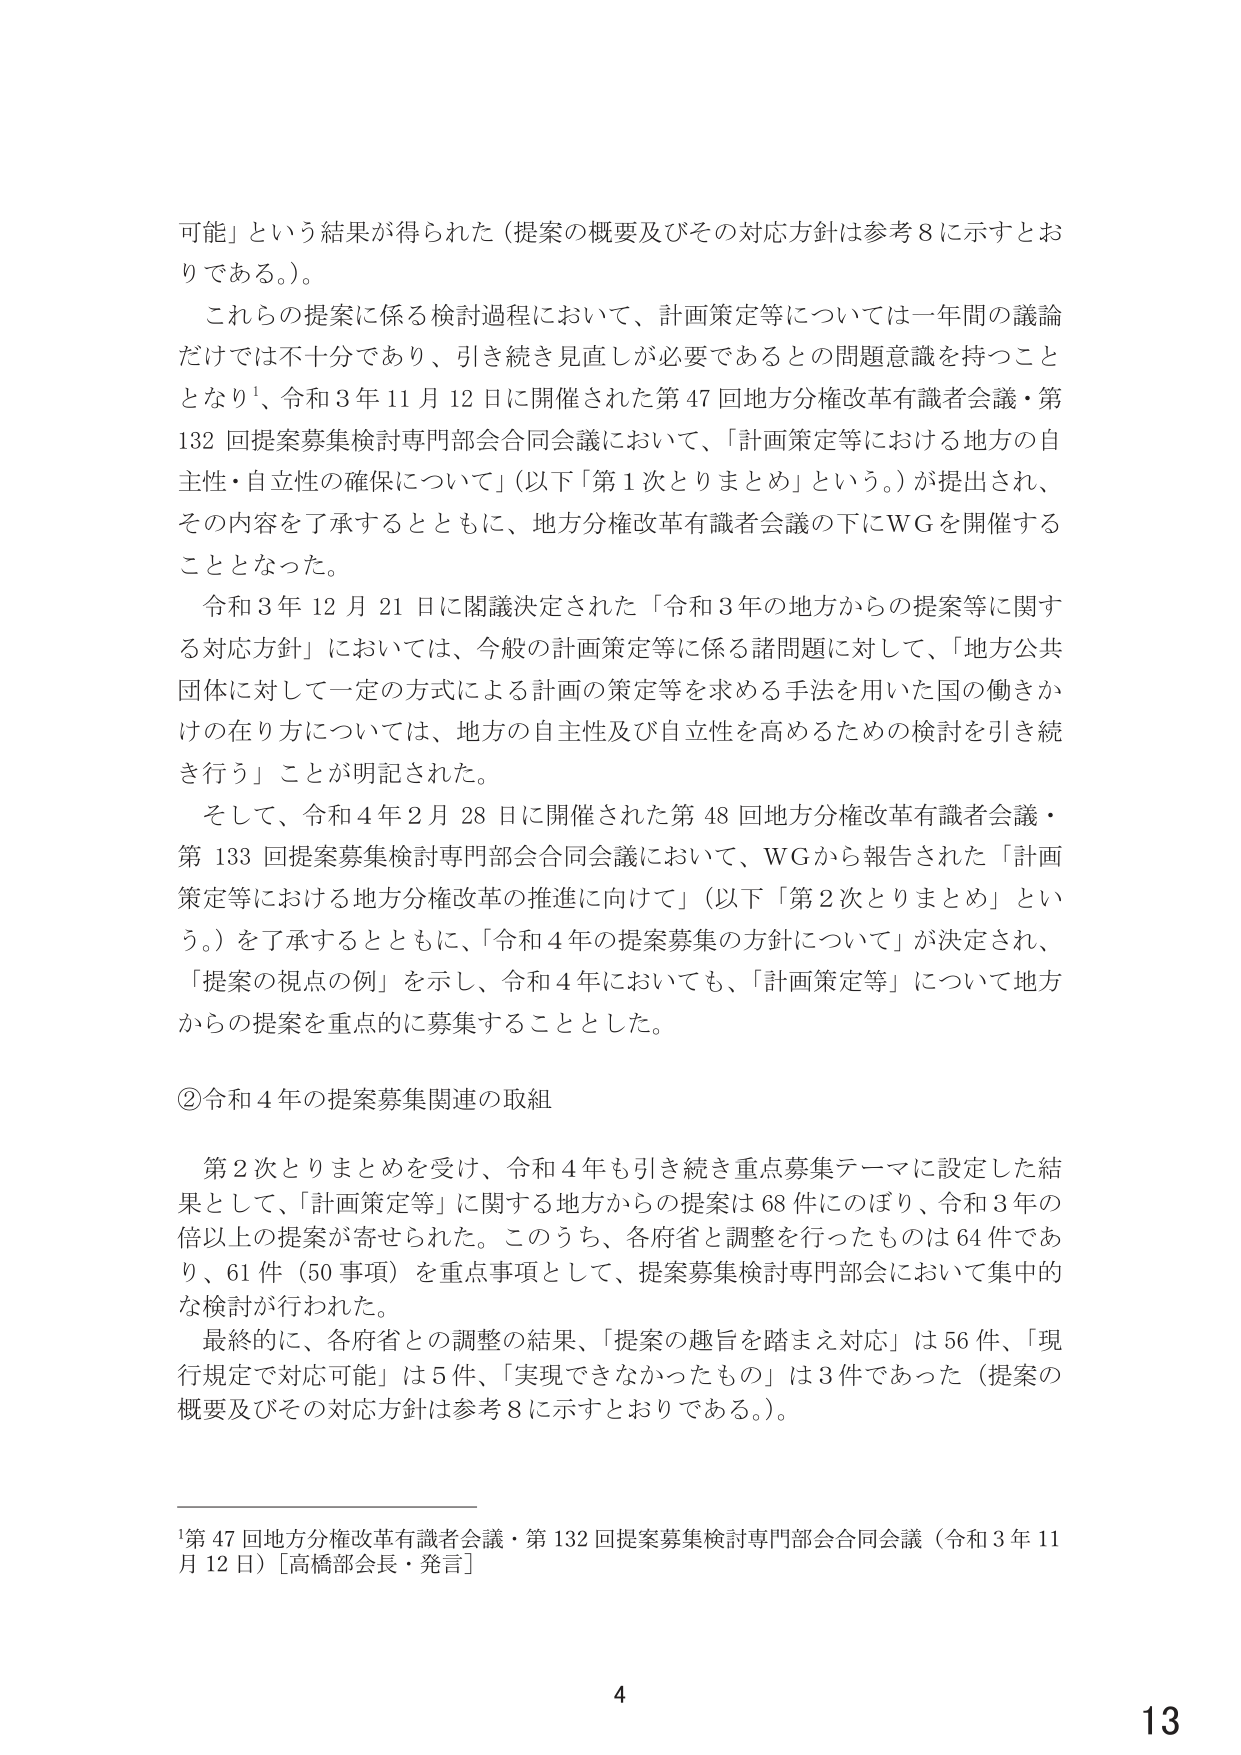
可能」という結果が得られた（提案の概要及びその対応方針は参考８に示すとおりである。）。

これらの提案に係る検討過程において、計画策定等については一年間の議論だけでは不十分であり、引き続き見直しが必要であるとの問題意識を持つこととなり¹、令和３年１１月１２日に開催された第４７回地方分権改革有識者会議・第１３２回提案募集検討専門部会合同会議において、「計画策定等における地方の自主性・自立性の確保について」（以下「第１次とりまとめ」という。）が提出され、その内容を了承するとともに、地方分権改革有識者会議の下にＷＧを開催することとなった。

令和３年１２月２１日に閣議決定された「令和３年の地方からの提案等に関する対応方針」においては、今般の計画策定等に係る諸問題に対して、「地方公共団体に対して一定の方式による計画の策定等を求める手法を用いた国の働きかけの在り方については、地方の自主性及び自立性を高めるための検討を引き続き行う」ことが明記された。

そして、令和４年２月２８日に開催された第４８回地方分権改革有識者会議・第１３３回提案募集検討専門部会合同会議において、ＷＧから報告された「計画策定等における地方分権改革の推進に向けて」（以下「第２次とりまとめ」という。）を了承するとともに、「令和４年の提案募集の方針について」が決定され、「提案の視点の例」を示し、令和４年においても、「計画策定等」について地方からの提案を重点的に募集することとした。

②令和４年の提案募集関連の取組

第２次とりまとめを受け、令和４年も引き続き重点募集テーマに設定した結果として、「計画策定等」に関する地方からの提案は６８件にのぼり、令和３年の倍以上の提案が寄せられた。このうち、各府省と調整を行ったものは６４件であり、６１件（５０事項）を重点事項として、提案募集検討専門部会において集中的な検討が行われた。

最終的に、各府省との調整の結果、「提案の趣旨を踏まえ対応」は５６件、「現行規定で対応可能」は５件、「実現できなかったもの」は３件であった（提案の概要及びその対応方針は参考８に示すとおりである。）。

¹第４７回地方分権改革有識者会議・第１３２回提案募集検討専門部会合同会議（令和３年１１月１２日）［高橋部会長・発言］

4
13